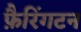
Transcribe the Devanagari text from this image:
फ़ैरिंगटन